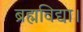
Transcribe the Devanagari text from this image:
ब्रह्मविद्या।